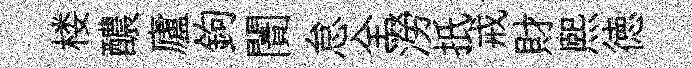
楼醲廬鉤闠怠全澇扺戒財熙徳